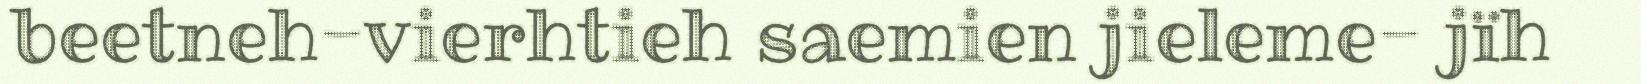
beetneh-vierhtieh saemien jieleme- jïh